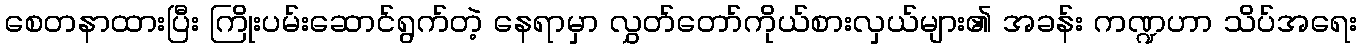
စေတနာထားပြီး ကြိုးပမ်းဆောင်ရွက်တဲ့ နေရာမှာ လွှတ်တော်ကိုယ်စားလှယ်များ၏ အခန်း ကဏ္ဍဟာ သိပ်အရေး